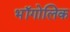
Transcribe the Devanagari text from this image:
भॉगोलिक